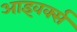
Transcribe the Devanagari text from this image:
आइवर्क्स